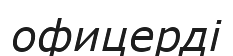
офицерді